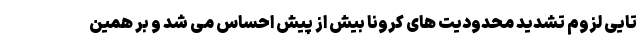
تایی لزوم تشدید محدودیت های کرونا بیش از پیش احساس می شد و بر همین